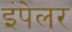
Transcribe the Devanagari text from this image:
इंपेलर